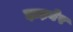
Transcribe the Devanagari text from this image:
झड़बेर